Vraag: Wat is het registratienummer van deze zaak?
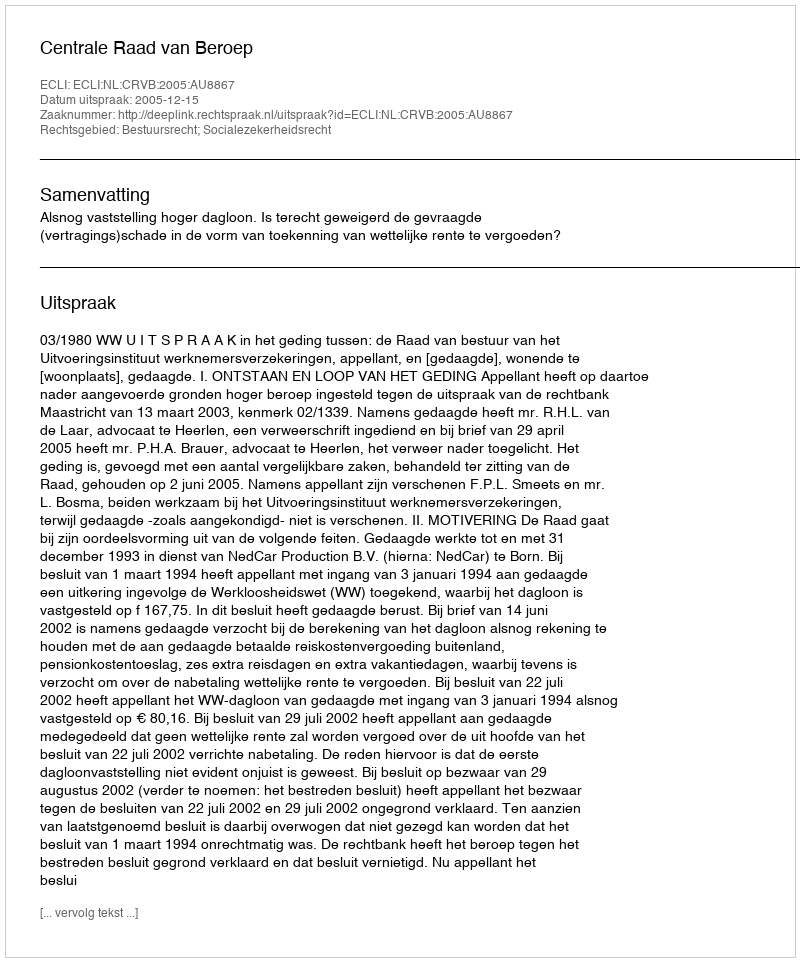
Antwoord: http://deeplink.rechtspraak.nl/uitspraak?id=ECLI:NL:CRVB:2005:AU8867